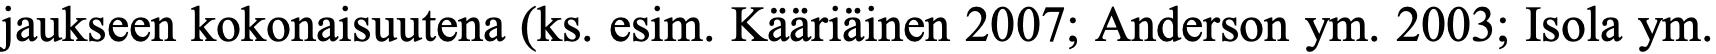
jaukseen kokonaisuutena (ks. esim. Kääriäinen 2007; Anderson ym. 2003; Isola ym.